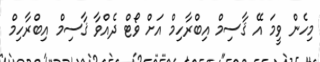
މިހެން ވީމަ އޭ ޤާސިމް އިބްރާހިމް އަށް ވޯޓް ދެއްވާ ޤާސިމް އިބްރާހިމް